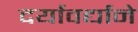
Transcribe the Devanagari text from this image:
दर्यावर्द्याने